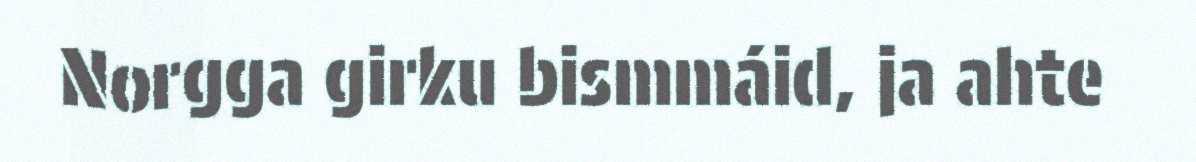
Norgga girku bismmáid, ja ahte